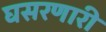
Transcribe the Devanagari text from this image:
घसरणारी